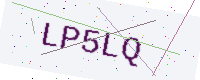
Text: LP5LQ